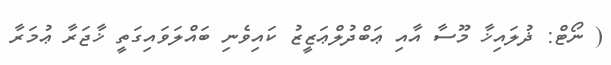
( ނޯޓް: ޛުލައިޚާ މޫސާ އާއި ޢަބްދުލްޢަޒީޒު ކައިވެނި ބައްލަވައިގަތީ ޚާޖަރާ ޢުމަރާ